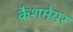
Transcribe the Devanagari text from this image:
कैशमेयर